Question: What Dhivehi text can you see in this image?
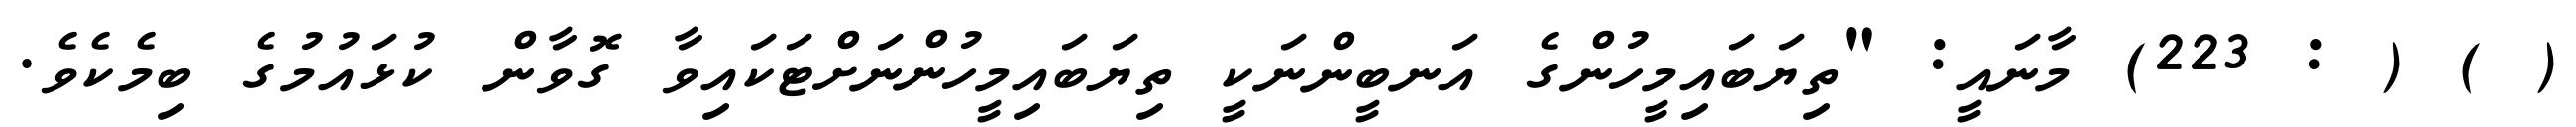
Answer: ( ) ( : 223) މާނައީ: "ތިޔަބައިމީހުންގެ އަނބީންނަކީ ތިޔަބައިމީހުންނަށްޓަކައިވާ ގޮވާން ކުޅައުމުގެ ބިމެކެވެ.